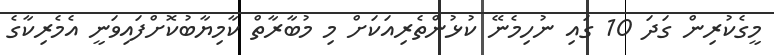
މީގެކުރިން ގަދަ 10 ގައި ނުހިމެނޭ ކުޅުންތެރިއަކަށް މި މުބާާރާތް ކާމިޔާބުކޮށްފައިވަނީ އެމެރިކާގެ